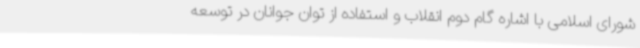
شورای اسلامی با اشاره گام دوم انقلاب و استفاده از توان جوانان در توسعه